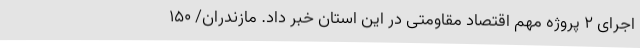
اجرای ۲ پروژه مهم اقتصاد مقاومتی در این استان خبر داد. مازندران/ 150